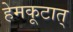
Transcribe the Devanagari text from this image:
हेमकूटात्